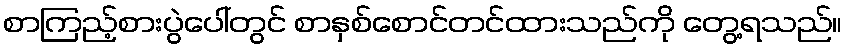
စာကြည့်စားပွဲပေါ်တွင် စာနှစ်စောင်တင်ထားသည်ကို တွေ့ရသည်။